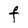
Character: F